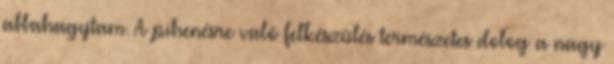
abbahagytam. A pihenésre való felkészülés természetes dolog a nagy